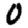
Digit: 0